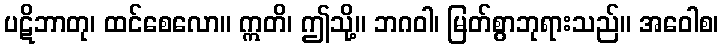
ပဋိဘာတု၊ ထင်စေလော။ ဣတိ၊ ဤသို့။ ဘဂဝါ၊ မြတ်စွာဘုရားသည်။ အဝေါစ၊